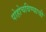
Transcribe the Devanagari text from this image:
पोहोचविण्याची